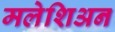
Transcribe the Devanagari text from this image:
मलेशिअन